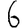
Digit: 6